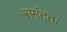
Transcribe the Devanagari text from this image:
समंततः